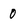
Character: 0